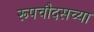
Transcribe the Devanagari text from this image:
रूपचौदसच्या